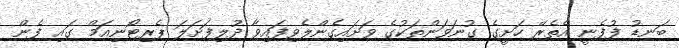
ބަނޑު ފުފެނީ އެތެރޭ ހަށީގެ ގުނަވަންތަކުގެ ވަށައިގެންލެވިފައިވާ ދުލިފަށަލަ ޕެރިޓޯނިއަމް ގައި ފެން